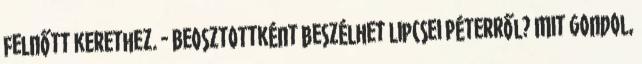
felnőtt kerethez. - Beosztottként beszélhet Lipcsei Péterről? Mit gondol,